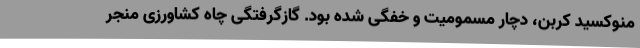
منوکسید کربن، دچار مسمومیت و خفگی شده بود. گازگرفتگی چاه کشاورزی منجر